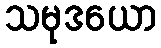
သမုဒယော